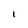
Character: I